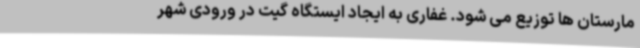
مارستان ها توزیع می شود. غفاری به ایجاد ایستگاه گیت در ورودی شهر